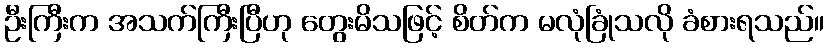
ဦးကြီးက အသက်ကြီးပြီဟု တွေးမိသဖြင့် စိတ်က မလုံခြုံသလို ခံစားရသည်။